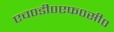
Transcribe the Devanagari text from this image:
एच०डी०एफ०सी०